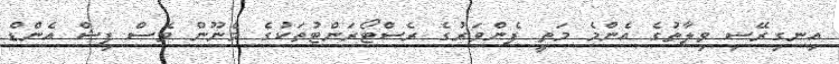
އިނގިރޭސި ވިލާތުގެ އެންމެ މަތީ ފެންވަރުގެ ރެސްޓޯރަންޓުތަކުގެ މެނޫން ވެސް ފިޝް އެންޑް